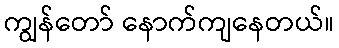
ကျွန်တော် နောက်ကျနေတယ်။